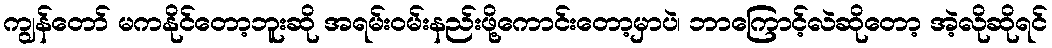
ကျွန်တော် မကနိုင်တော့ဘူးဆို အရမ်းဝမ်းနည်းဖို့ကောင်းတော့မှာပဲ၊ ဘာကြောင့်လဲဆိုတော့ အဲ့လိုဆိုရင်